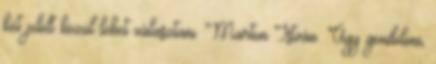
két jelölt közül lehet választani. Marton István: Úgy gondolom,